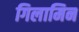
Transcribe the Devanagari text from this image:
गिलामिन